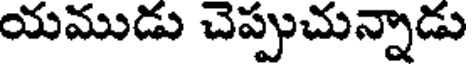
యముడు చెప్పుచున్నాడు